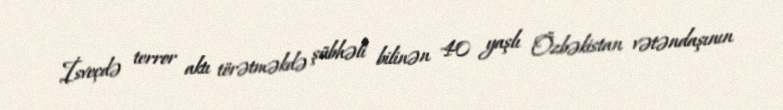
İsveçdə terror aktı törətməkdə şübhəli bilinən 40 yaşlı Özbəkistan vətəndaşının